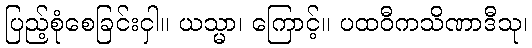
ပြည့်စုံစေခြင်းငှါ။ ယသ္မာ၊ ကြောင့်။ ပထဝီကသိဏာဒီသု၊